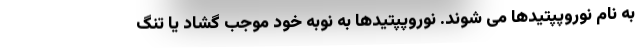
به نام نوروپپتیدها می شوند. نوروپپتیدها به نوبه خود موجب گشاد یا تنگ